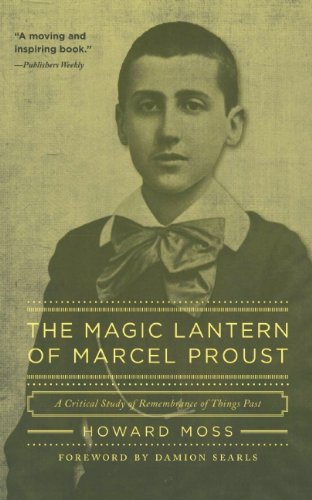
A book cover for The Magic Lantern of Marcel Proust: A Critical Study of Remembrance of Things Past; Howard Moss; Gay & Lesbian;